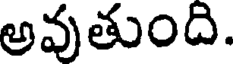
అవుతుంది.